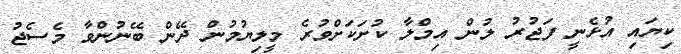
ކިޔައި އުޅެނީ ފަޖުރު ލުން އިމްލާ ކުށަކަށްވުރެ މީލިޔުމުން ދޭން ބޭނުންވާ މެސެޖު